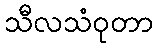
သီလသံဝုတာ